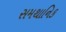
સમથાનિક